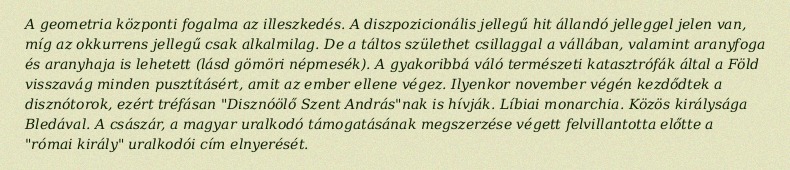
A geometria központi fogalma az illeszkedés. A diszpozicionális jellegű hit állandó jelleggel jelen van, míg az okkurrens jellegű csak alkalmilag. De a táltos születhet csillaggal a vállában, valamint aranyfoga és aranyhaja is lehetett (lásd gömöri népmesék). A gyakoribbá váló természeti katasztrófák által a Föld visszavág minden pusztításért, amit az ember ellene végez. Ilyenkor november végén kezdődtek a disznótorok, ezért tréfásan "Disznóölő Szent András"nak is hívják. Líbiai monarchia. Közös királysága Bledával. A császár, a magyar uralkodó támogatásának megszerzése végett felvillantotta előtte a "római király" uralkodói cím elnyerését.